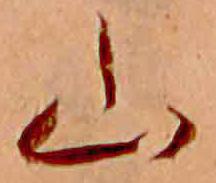
山